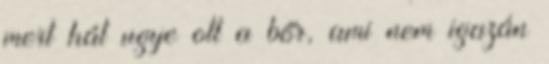
mert hát ugye ott a bőr, ami nem igazán